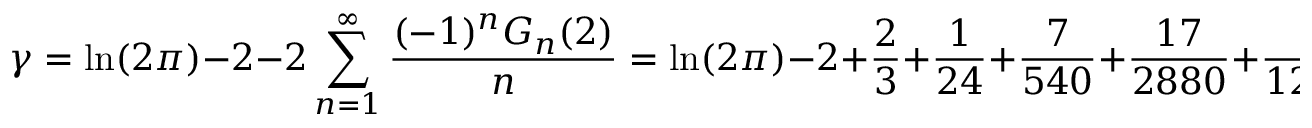
\gamma = \ln ( 2 \pi ) - 2 - 2 \sum _ { n = 1 } ^ { \infty } { \frac { ( - 1 ) ^ { n } G _ { n } ( 2 ) } { n } } = \ln ( 2 \pi ) - 2 + { \frac { 2 } { 3 } } + { \frac { 1 } { 2 4 } } + { \frac { 7 } { 5 4 0 } } + { \frac { 1 7 } { 2 8 8 0 } } + { \frac { 4 1 } { 1 2 6 0 0 } } + \ldots